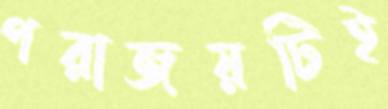
পরাজয়টিই